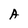
Character: A